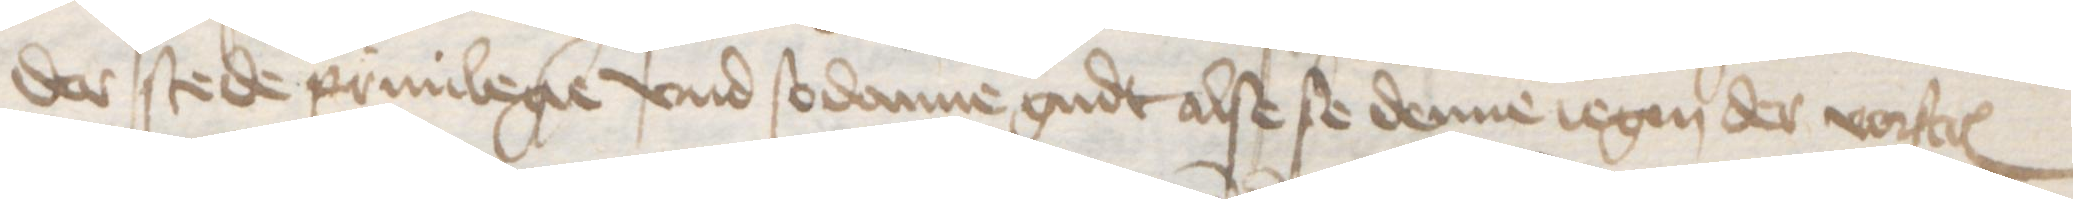
der stede priuilegie vnd sodanne gudt alse se denne iegen der vorstcreuen